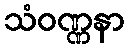
သံဝဏ္ဏနာ